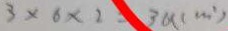
3 \times 6 \times 2 = 3 8 ( c m ^ { 2 } )